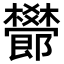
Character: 𣠫